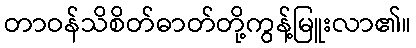
တာဝန်သိစိတ်ဓာတ်တို့ကွန့်မြူးလာ၏။